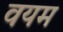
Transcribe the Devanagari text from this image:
वयम